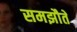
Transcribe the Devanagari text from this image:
समझौतें